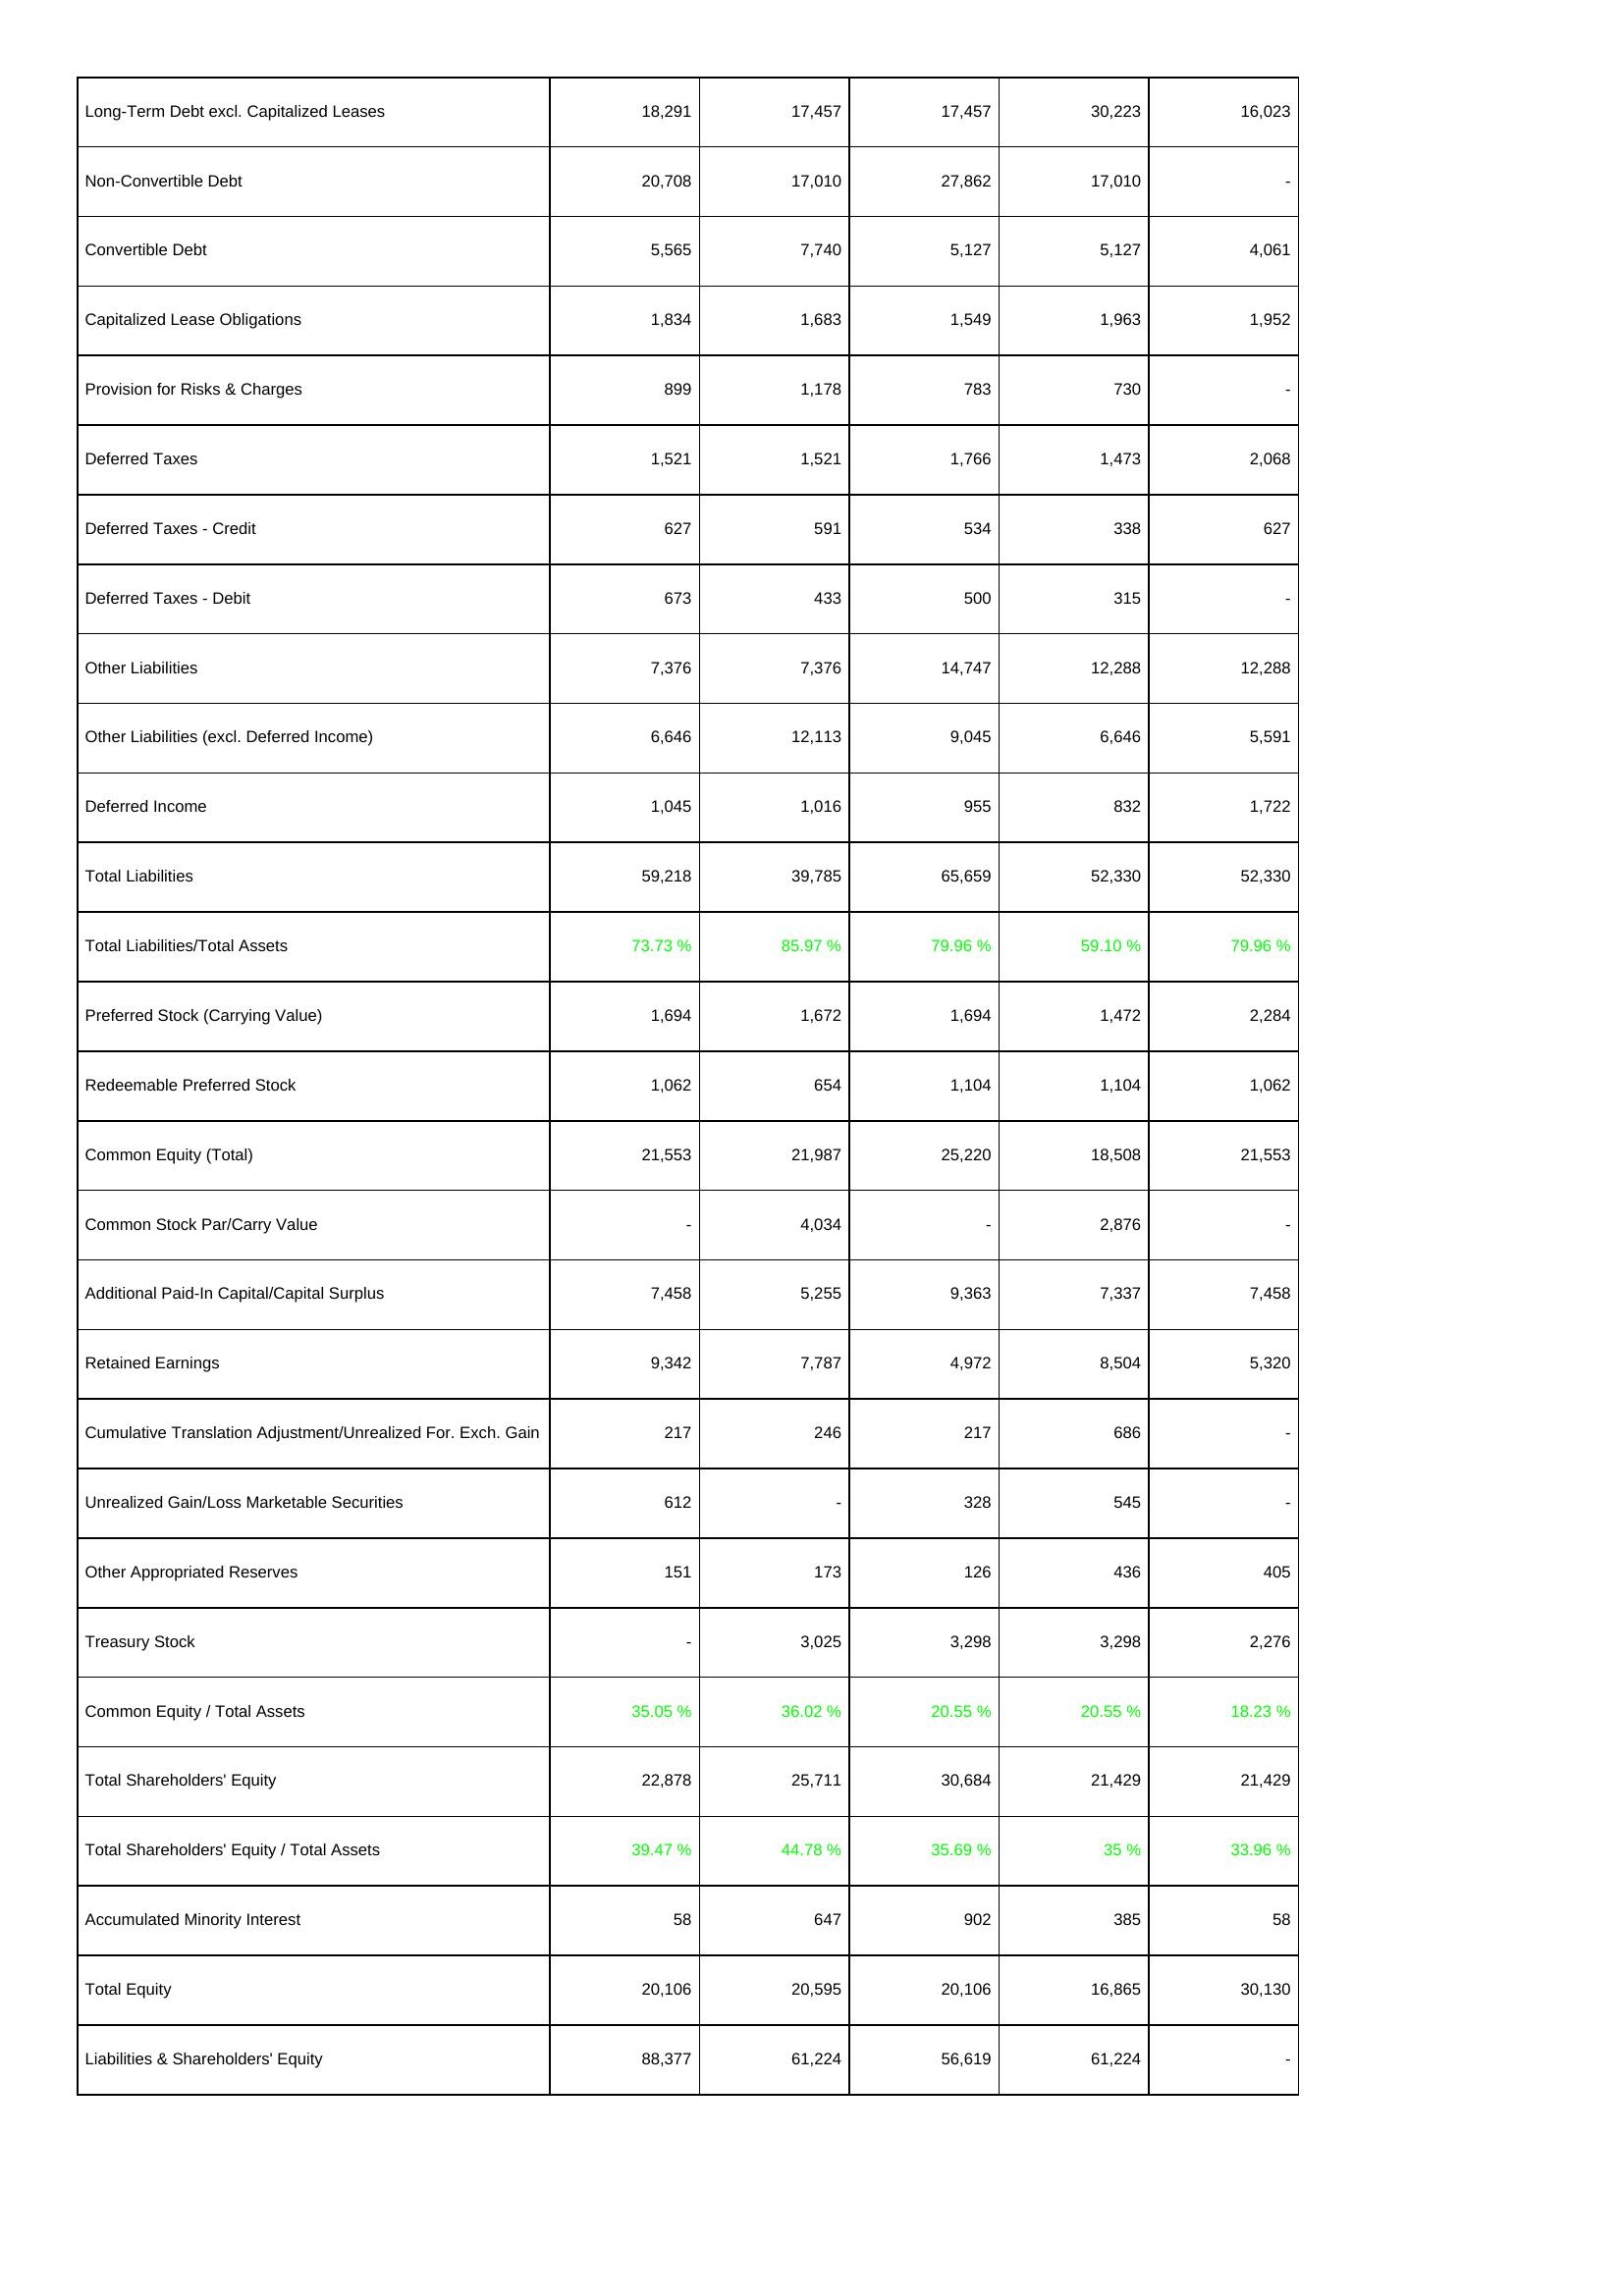
2006: Liabilities & Shareholders' Equity: Long-Term Debt excl. Capitalized Leases: 18,291
Non-Convertible Debt: 20,708
Convertible Debt: 5,565
Capitalized Lease Obligations: 1,834
Provision for Risks & Charges: 899
Deferred Taxes: 1,521
Deferred Taxes - Credit: 627
Deferred Taxes - Debit: 673
Other Liabilities: 7,376
Other Liabilities (excl. Deferred Income): 6,646
Deferred Income: 1,045
Total Liabilities: 59,218
Total Liabilities/Total Assets: 73.73 %
Preferred Stock (Carrying Value): 1,694
Redeemable Preferred Stock: 1,062
Common Equity (Total): 21,553
Common Stock Par/Carry Value: -
Additional Paid-In Capital/Capital Surplus: 7,458
Retained Earnings: 9,342
Cumulative Translation Adjustment/Unrealized For. Exch. Gain: 217
Unrealized Gain/Loss Marketable Securities: 612
Other Appropriated Reserves: 151
Treasury Stock: -
Common Equity / Total Assets: 35.05 %
Total Shareholders' Equity: 22,878
Total Shareholders' Equity / Total Assets: 39.47 %
Accumulated Minority Interest: 58
Total Equity: 20,106
Liabilities & Shareholders' Equity: 88,377
2007: Liabilities & Shareholders' Equity: Long-Term Debt excl. Capitalized Leases: 17,457
Non-Convertible Debt: 17,010
Convertible Debt: 7,740
Capitalized Lease Obligations: 1,683
Provision for Risks & Charges: 1,178
Deferred Taxes: 1,521
Deferred Taxes - Credit: 591
Deferred Taxes - Debit: 433
Other Liabilities: 7,376
Other Liabilities (excl. Deferred Income): 12,113
Deferred Income: 1,016
Total Liabilities: 39,785
Total Liabilities/Total Assets: 85.97 %
Preferred Stock (Carrying Value): 1,672
Redeemable Preferred Stock: 654
Common Equity (Total): 21,987
Common Stock Par/Carry Value: 4,034
Additional Paid-In Capital/Capital Surplus: 5,255
Retained Earnings: 7,787
Cumulative Translation Adjustment/Unrealized For. Exch. Gain: 246
Unrealized Gain/Loss Marketable Securities: -
Other Appropriated Reserves: 173
Treasury Stock: 3,025
Common Equity / Total Assets: 36.02 %
Total Shareholders' Equity: 25,711
Total Shareholders' Equity / Total Assets: 44.78 %
Accumulated Minority Interest: 647
Total Equity: 20,595
Liabilities & Shareholders' Equity: 61,224
2008: Liabilities & Shareholders' Equity: Long-Term Debt excl. Capitalized Leases: 17,457
Non-Convertible Debt: 27,862
Convertible Debt: 5,127
Capitalized Lease Obligations: 1,549
Provision for Risks & Charges: 783
Deferred Taxes: 1,766
Deferred Taxes - Credit: 534
Deferred Taxes - Debit: 500
Other Liabilities: 14,747
Other Liabilities (excl. Deferred Income): 9,045
Deferred Income: 955
Total Liabilities: 65,659
Total Liabilities/Total Assets: 79.96 %
Preferred Stock (Carrying Value): 1,694
Redeemable Preferred Stock: 1,104
Common Equity (Total): 25,220
Common Stock Par/Carry Value: -
Additional Paid-In Capital/Capital Surplus: 9,363
Retained Earnings: 4,972
Cumulative Translation Adjustment/Unrealized For. Exch. Gain: 217
Unrealized Gain/Loss Marketable Securities: 328
Other Appropriated Reserves: 126
Treasury Stock: 3,298
Common Equity / Total Assets: 20.55 %
Total Shareholders' Equity: 30,684
Total Shareholders' Equity / Total Assets: 35.69 %
Accumulated Minority Interest: 902
Total Equity: 20,106
Liabilities & Shareholders' Equity: 56,619
2009: Liabilities & Shareholders' Equity: Long-Term Debt excl. Capitalized Leases: 30,223
Non-Convertible Debt: 17,010
Convertible Debt: 5,127
Capitalized Lease Obligations: 1,963
Provision for Risks & Charges: 730
Deferred Taxes: 1,473
Deferred Taxes - Credit: 338
Deferred Taxes - Debit: 315
Other Liabilities: 12,288
Other Liabilities (excl. Deferred Income): 6,646
Deferred Income: 832
Total Liabilities: 52,330
Total Liabilities/Total Assets: 59.10 %
Preferred Stock (Carrying Value): 1,472
Redeemable Preferred Stock: 1,104
Common Equity (Total): 18,508
Common Stock Par/Carry Value: 2,876
Additional Paid-In Capital/Capital Surplus: 7,337
Retained Earnings: 8,504
Cumulative Translation Adjustment/Unrealized For. Exch. Gain: 686
Unrealized Gain/Loss Marketable Securities: 545
Other Appropriated Reserves: 436
Treasury Stock: 3,298
Common Equity / Total Assets: 20.55 %
Total Shareholders' Equity: 21,429
Total Shareholders' Equity / Total Assets: 35 %
Accumulated Minority Interest: 385
Total Equity: 16,865
Liabilities & Shareholders' Equity: 61,224
2010: Liabilities & Shareholders' Equity: Long-Term Debt excl. Capitalized Leases: 16,023
Non-Convertible Debt: -
Convertible Debt: 4,061
Capitalized Lease Obligations: 1,952
Provision for Risks & Charges: -
Deferred Taxes: 2,068
Deferred Taxes - Credit: 627
Deferred Taxes - Debit: -
Other Liabilities: 12,288
Other Liabilities (excl. Deferred Income): 5,591
Deferred Income: 1,722
Total Liabilities: 52,330
Total Liabilities/Total Assets: 79.96 %
Preferred Stock (Carrying Value): 2,284
Redeemable Preferred Stock: 1,062
Common Equity (Total): 21,553
Common Stock Par/Carry Value: -
Additional Paid-In Capital/Capital Surplus: 7,458
Retained Earnings: 5,320
Cumulative Translation Adjustment/Unrealized For. Exch. Gain: -
Unrealized Gain/Loss Marketable Securities: -
Other Appropriated Reserves: 405
Treasury Stock: 2,276
Common Equity / Total Assets: 18.23 %
Total Shareholders' Equity: 21,429
Total Shareholders' Equity / Total Assets: 33.96 %
Accumulated Minority Interest: 58
Total Equity: 30,130
Liabilities & Shareholders' Equity: -